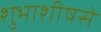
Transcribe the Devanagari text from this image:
शुभाशीषसे